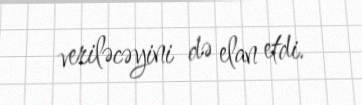
veriləcəyini də elan etdi.